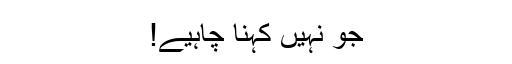
جو نہیں کہنا چاہیے!